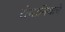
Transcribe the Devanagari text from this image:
रोमानियाचे